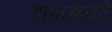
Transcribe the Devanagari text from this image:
शाहकेबेटे